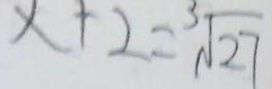
x + 2 = \sqrt [ 3 ] { 2 7 }